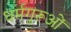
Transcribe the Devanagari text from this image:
धर्मगुरूओं